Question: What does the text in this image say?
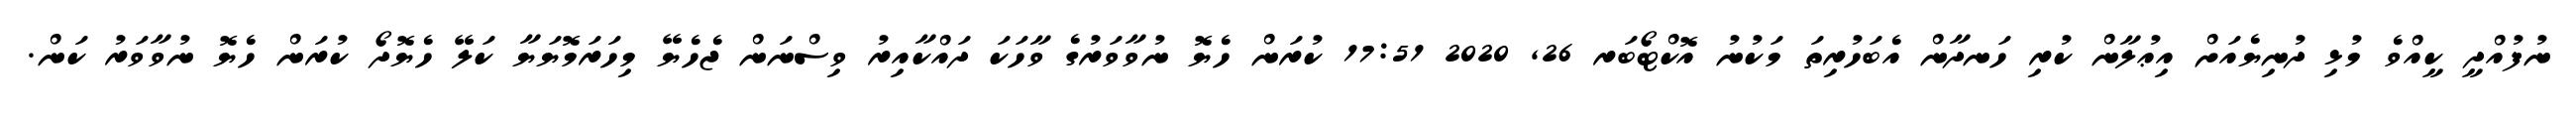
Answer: ނުފުއްދީ ކީއްވެ މުޅި ދުނިޔެއަށް އިޢުލާން ކުރި ހަނދާން އެބަހުރިތަ މަކުނު އޮކްޓޯބަރ 26, 2020 17:51 ކުރަން ހެޔޮ ނުވާވަރުގެ ވާހަކަ ދައްކާއިރު ވިސްނަން ޖެހެޔޭ މިހަރަމޮޔަޔާ ކަލޭ ހެޔޮދޯ ކުރަން ހެޔޮ ނުވާވަރު ކަން.